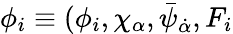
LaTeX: \phi_{i}\equiv(\phi_{i},\chi_{\alpha},\bar{\psi}_{\dot{\alpha}},F_{i}